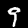
Label: 9